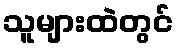
သူများထဲတွင်